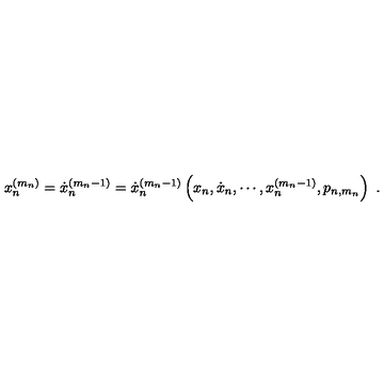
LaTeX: x _ { n } ^ { ( m _ { n } ) } = \dot { x } _ { n } ^ { ( m _ { n } - 1 ) } = \dot { x } _ { n } ^ { ( m _ { n } - 1 ) } \left( x _ { n } , \dot { x } _ { n } , \cdots , x _ { n } ^ { ( m _ { n } - 1 ) } , p _ { n , m _ { n } } \right) \ .